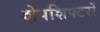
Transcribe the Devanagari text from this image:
शेपशिफ्टरों